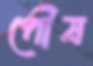
পৌষ